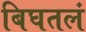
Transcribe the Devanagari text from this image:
बिघतलं